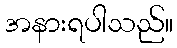
အနားရပါသည်။